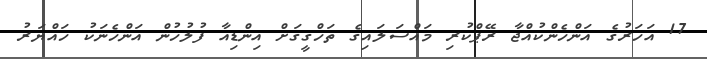
17 އަހަރުގެ އަންހެންކުއްޖާ ރޭޕްކުރި މައްސަލައިގެ ތަހްގީގަށް އިންޑިއާ ފުލުހުން އަންހެނަކު ހައްޔަރު